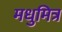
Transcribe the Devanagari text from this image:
मधुमित्र